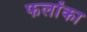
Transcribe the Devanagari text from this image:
फलोंका